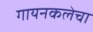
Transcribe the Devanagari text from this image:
गायनकलेचा